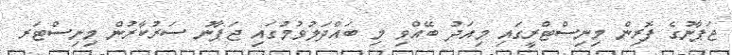
ޖަޕާނުގެ ފޮރިން މިނިސްޓްރީގައި މިއަދު ބޭއްވި މި ބައްދަލުވުމުގައި ޖަޕާނު ސަރުކާރުން މިނިސްްޓަރ